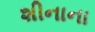
શીનાના